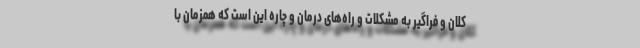
کلان و فراگیر به مشکلات و راه‌های درمان و چاره این است که همزمان با